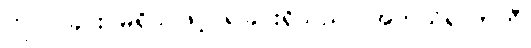
ငြိုငြင်ခြင်း မရှိသဖြင့် ရခြင်းရှိသည်။ အကသိရလာဘီ၊